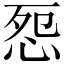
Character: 㤪